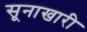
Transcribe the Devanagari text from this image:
सूनाखारी